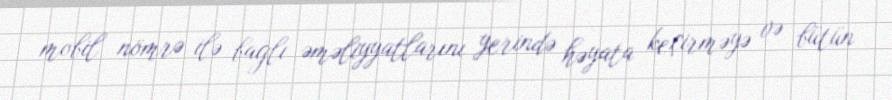
mobil nömrə ilə bağlı əməliyyatlarını yerində həyata keçirməyə və bütün